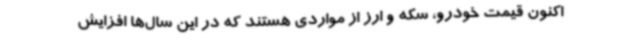
اکنون قیمت خودرو، سکه و ارز از مواردی هستند که در این سال‌ها افزایش